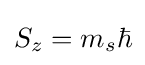
S_{z}=m_{s}\hbar \,\!